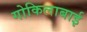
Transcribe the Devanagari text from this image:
गोकिलाबाई